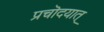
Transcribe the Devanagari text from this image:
प्रचॊदयात्